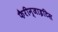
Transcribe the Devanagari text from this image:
फैरीन्जाइटिस